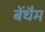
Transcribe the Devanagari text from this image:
बेंथैम